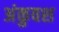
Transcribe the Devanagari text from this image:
अंकुवश